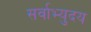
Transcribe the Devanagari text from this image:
सर्वाभ्युदय